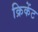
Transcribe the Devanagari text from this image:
क्रिकेंट